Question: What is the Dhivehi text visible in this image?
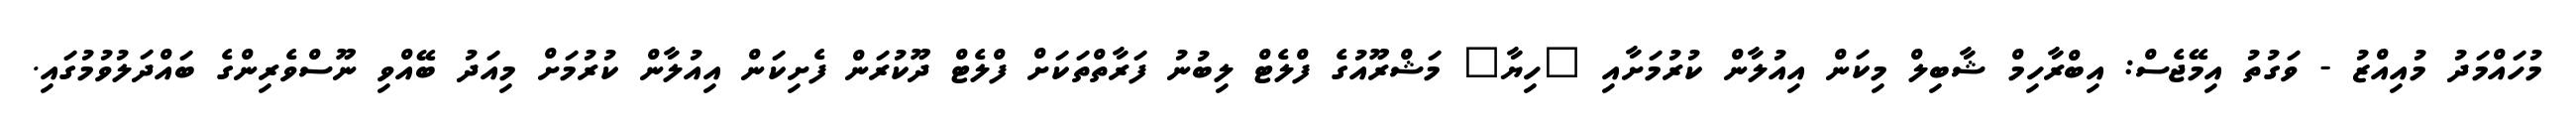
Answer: މުހައްމަދު މުއިއްޒު - ވަގުތު އިމޭޖެސް: އިބްރާހިމް ޝާބިލް މިކަން އިއުލާން ކުރުމަށާއި "ހިޔާ" މަޝްރޫއުގެ ފްލެޓް ލިބުނު ފަރާތްތަކަށް ފްލެޓް ދޫކުރަން ފެށިކަން އިއުލާން ކުރުމަށް މިއަދު ބޭއްވި ނޫސްވެރިންގެ ބައްދަލުވުމުގައި.